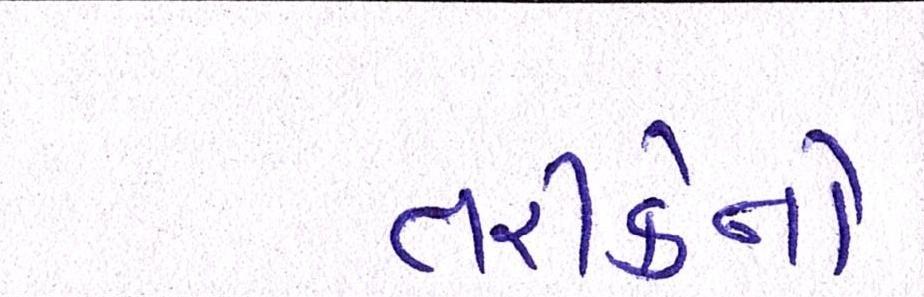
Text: તરીકેનો